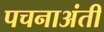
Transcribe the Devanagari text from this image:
पचनाअंती